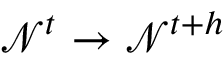
\mathcal { N } ^ { t } \rightarrow \mathcal { N } ^ { t { + } h }